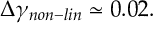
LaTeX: \Delta \gamma _ { n o n - l i n } \simeq 0 . 0 2 .